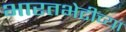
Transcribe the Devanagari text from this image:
भारतभेटीच्या